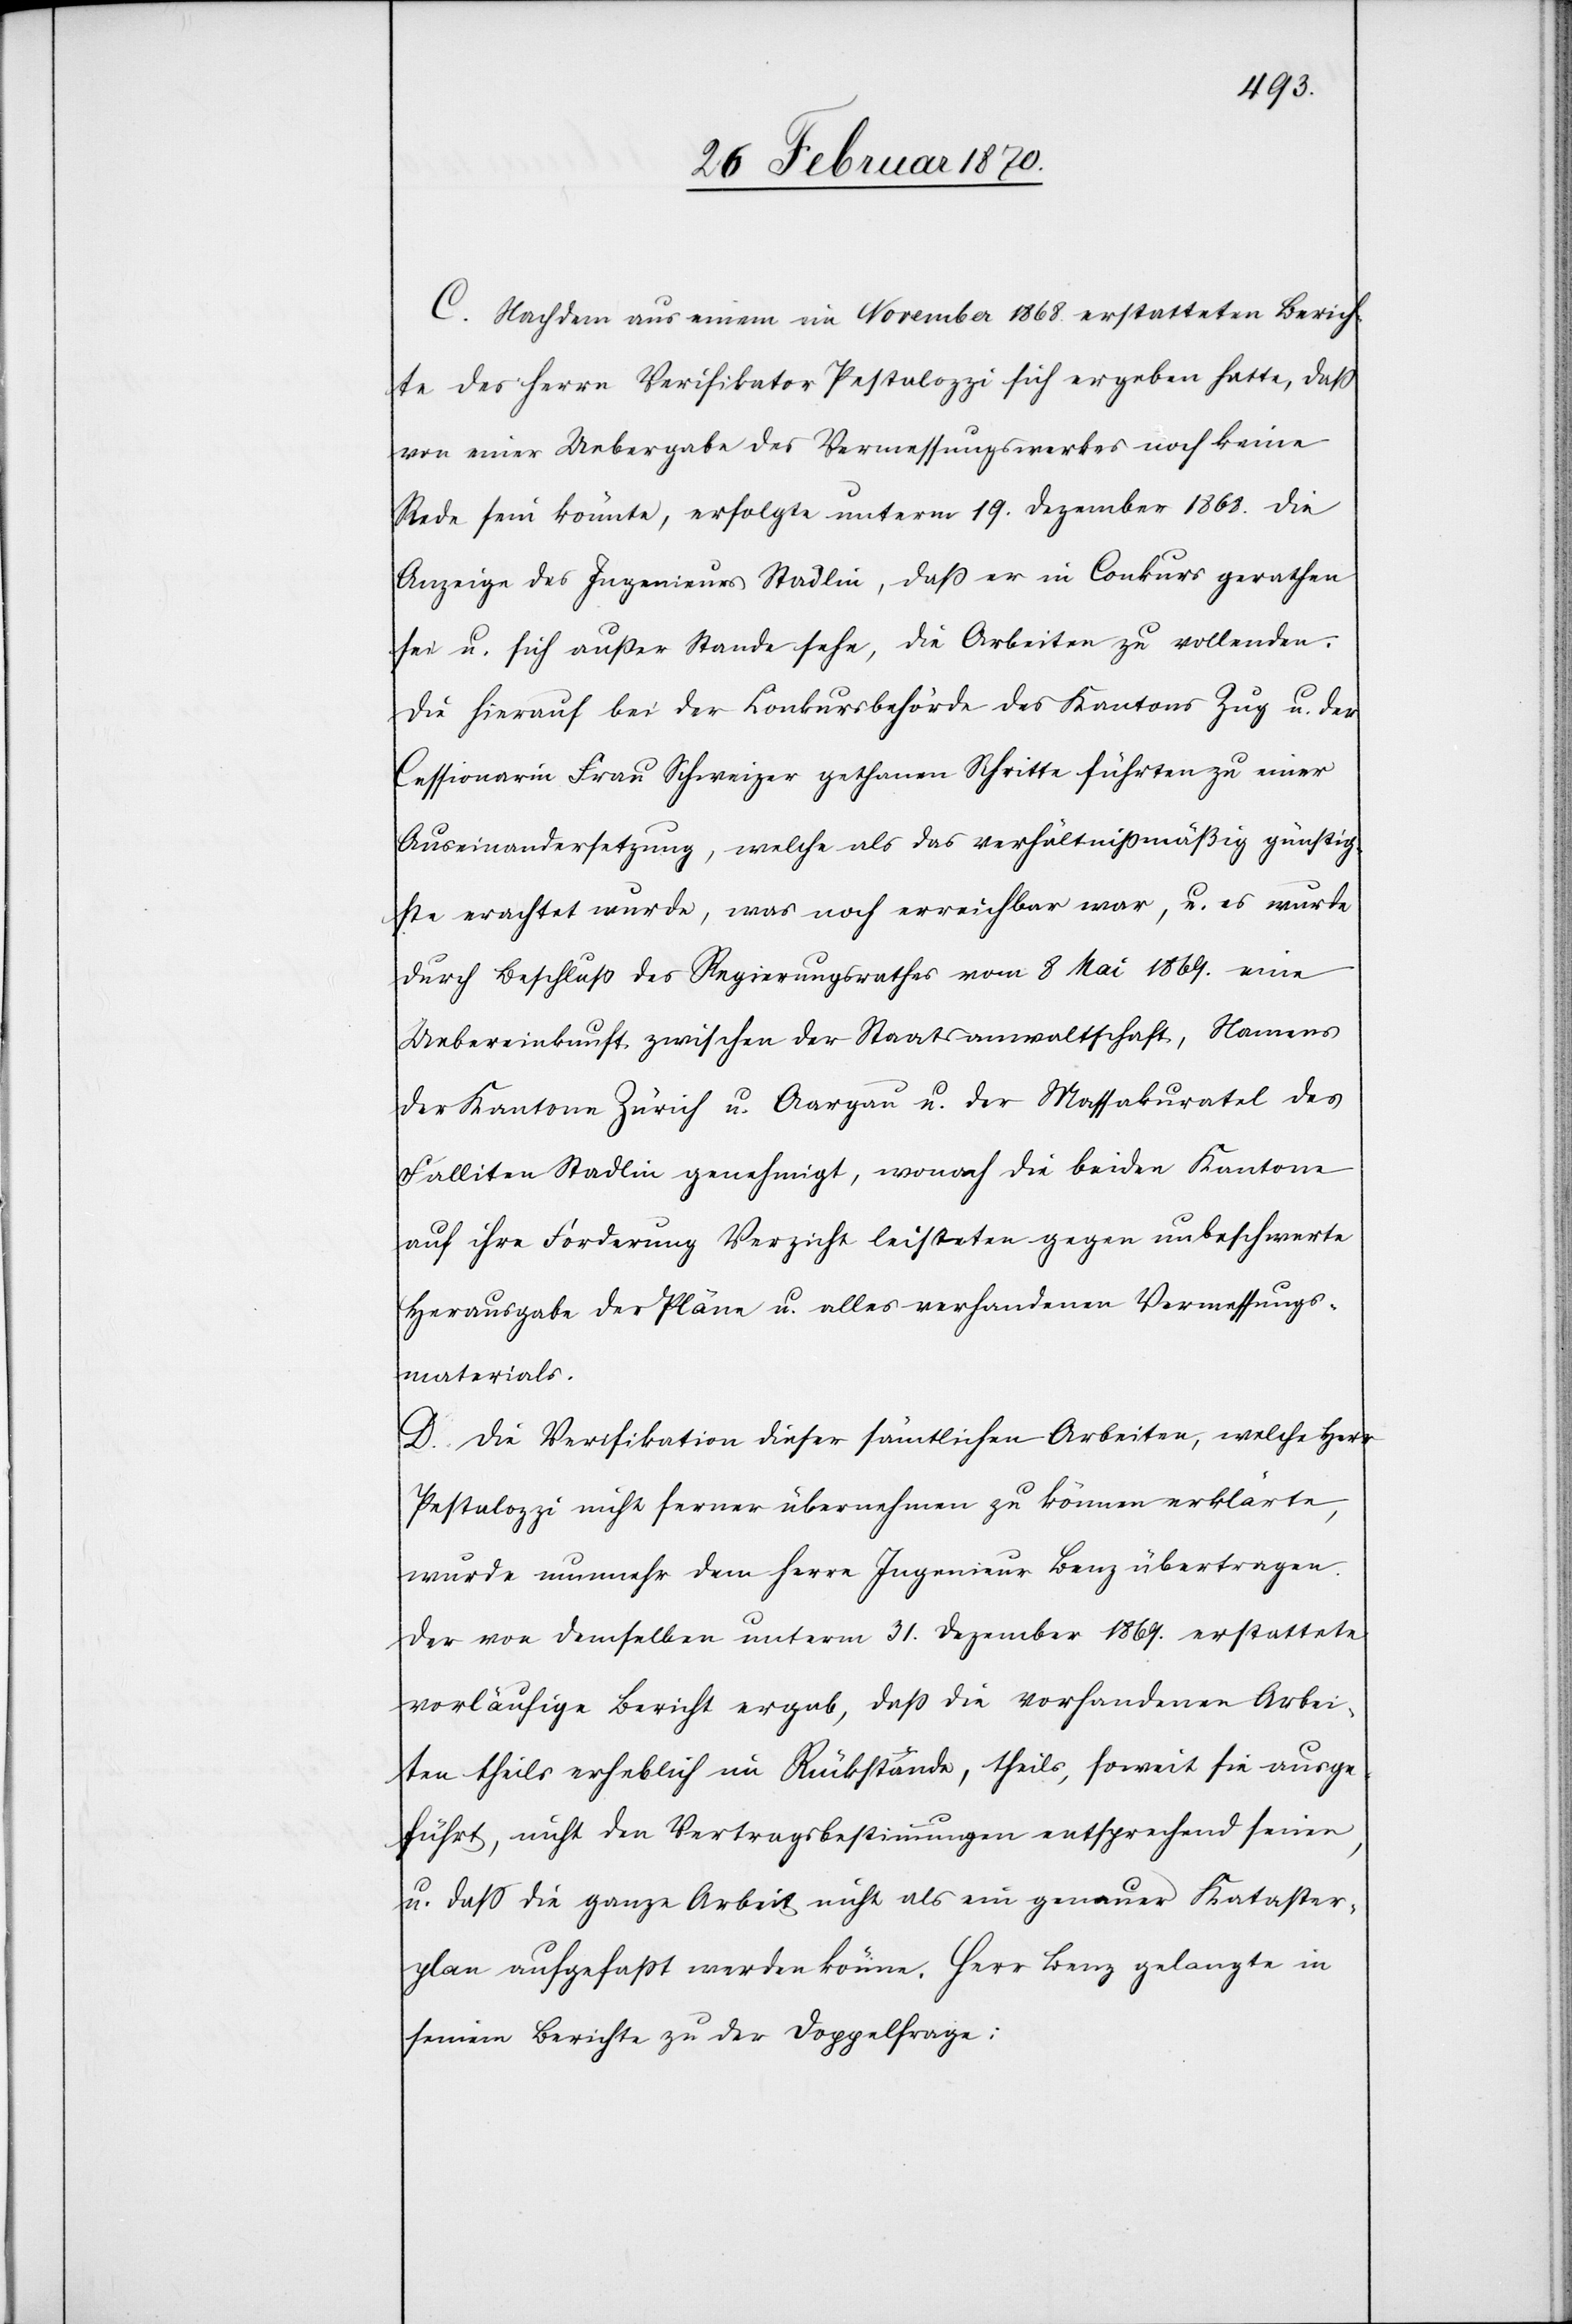
C. Nachdem aus einem im November 1868. erstatteten Berich¬
te des Herrn Verifikator Pestalozzi sich ergeben hatte, daß
von einer Uebergabe des Vermessungswerkes noch keine
Rede sein könnte, erfolgte unterm 19. Dezember 1868. die
Anzeige des Ingenieurs Stadlin, daß er in Conkurs gerathen
sei u. sich außer Stande sehe, die Arbeiten zu vollenden.
Die hierauf bei der Conkursbehörde des Kantons Zug u. der
Cessionarin Frau Schweizer gethanen Schritte führten zu einer
Auseinandersetzung, welche als das verhältnißmäßig günstig¬
ste erachtet wurde, was noch erreichbar war, u. es wurde
durch Beschluß des Regierungsrathes vom 8 Mai 1869. eine
Uebereinkunft zwischen der Staatsanwaltschaft, Namens
der Kantone Zürich u. Aargau u. der Massakuratel des
Falliten Stadlin genehmigt, wonach die beiden Kantone
auf ihre Forderung Verzicht leisteten gegen unbeschwerte
Herausgabe der Pläne u. alles vorhandenen Vermessungs¬
materials.
D. Die Verifikation dieser sämtlichen Arbeiten, welche Herr
Pestalozzi nicht ferner übernehmen zu können erklärte,
wurde nunmehr dem Herrn Ingenieur Benz übertragen.
Der von demselben unterm 31. Dezember 1869. erstattete
vorläufige Bericht ergab, daß die vorhandenen Arbei¬
ten theils erheblich im Rückstande, theils, soweit sie ausge¬
führt, nicht den Vertragsbestimmungen entsprechend seien,
u. daß die ganze Arbeit nicht als ein genauer Kataster¬
plan aufgefaßt werden könne. Herr Benz gelangte in
seinem Berichte zu der Doppelfrage: